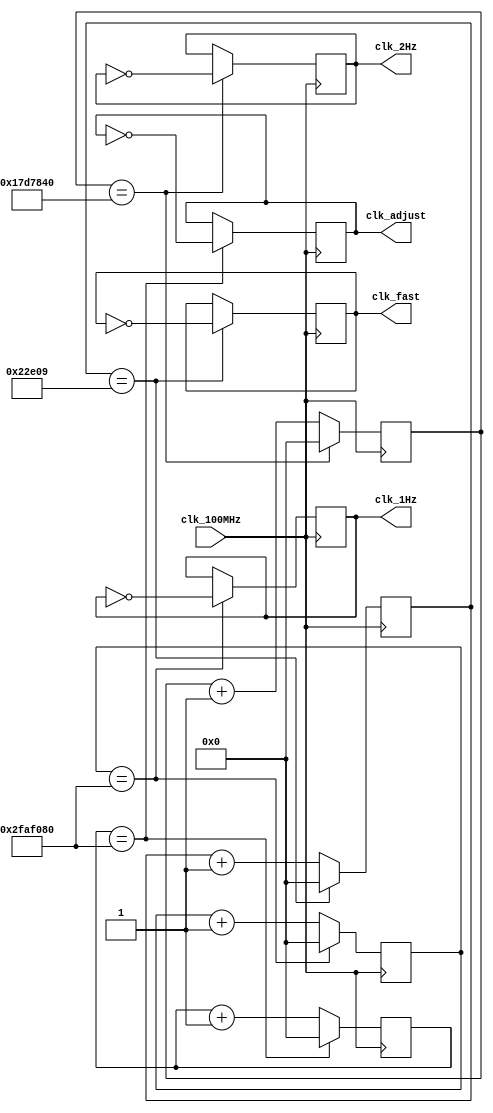
`timescale 1ns / 1ps
//////////////////////////////////////////////////////////////////////////////////
// Company: 
// Engineer: 
// 
// Design Name: 
// Module Name: clk
// Project Name: 
// Target Devices: 
// Tool Versions: 
// Description: 
// 
// Dependencies: 
// 
// Revision:
// Revision 0.01 - File Created
// Additional Comments:
// 
//////////////////////////////////////////////////////////////////////////////////


module clk(
 input clk_100MHz,  // 100 MHz master clock input
   
   output reg clk_2Hz,    // 2 Hz clock output
   output reg clk_1Hz,    // 1 Hz clock output
   output reg clk_fast,   // Faster clock output (50 - 700 Hz)
   output reg clk_adjust  // Clock for blinking in adjust mode (>1 Hz)

    );
    
    reg [32:0] counter_2Hz;
    reg [32:0] counter_1Hz;
    reg [32:0] counter_fast;
    reg [32:0] counter_adjust;
    
    initial begin 
         clk_2Hz <= 0;
         clk_1Hz <= 0;
         clk_fast <= 0;
         clk_adjust <= 0;
     counter_2Hz <= 0;
       counter_1Hz <= 0;
       counter_fast <=0;
       counter_adjust <= 0;
    end
    
    always @(posedge clk_100MHz) begin
        counter_2Hz <= counter_2Hz + 1;
        counter_1Hz <= counter_1Hz + 1;
        counter_fast <= counter_fast + 1;
        counter_adjust <= counter_adjust + 1;
    
        if (counter_2Hz == 25_000_000) begin
            clk_2Hz <= ~clk_2Hz;
            counter_2Hz <= 0;
        end
    
        if (counter_1Hz == 50_000_000) begin
            clk_1Hz <= ~clk_1Hz;
            counter_1Hz <= 0;
        end
    
        if (counter_fast == 142857) begin
            clk_fast <= ~clk_fast;
            counter_fast <= 0;
        end
    
        if (counter_adjust == 50_000_000) begin
            clk_adjust <= ~clk_adjust;
            counter_adjust <= 0;
        end
    end
endmodule